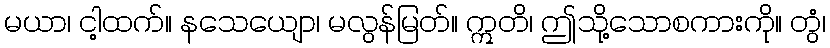
မယာ၊ ငါ့ထက်။ နသေယျော၊ မလွန်မြတ်။ ဣတိ၊ ဤသို့သောစကားကို။ တွံ၊